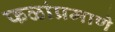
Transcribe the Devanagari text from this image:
फळांप्रमाणे